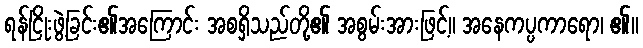
ရန်ငြိုးဖွဲ့ခြင်း၏အကြောင်း အစရှိသည်တို့၏ အစွမ်းအားဖြင့်။ အနေကပ္ပကာရော၊ ၏။